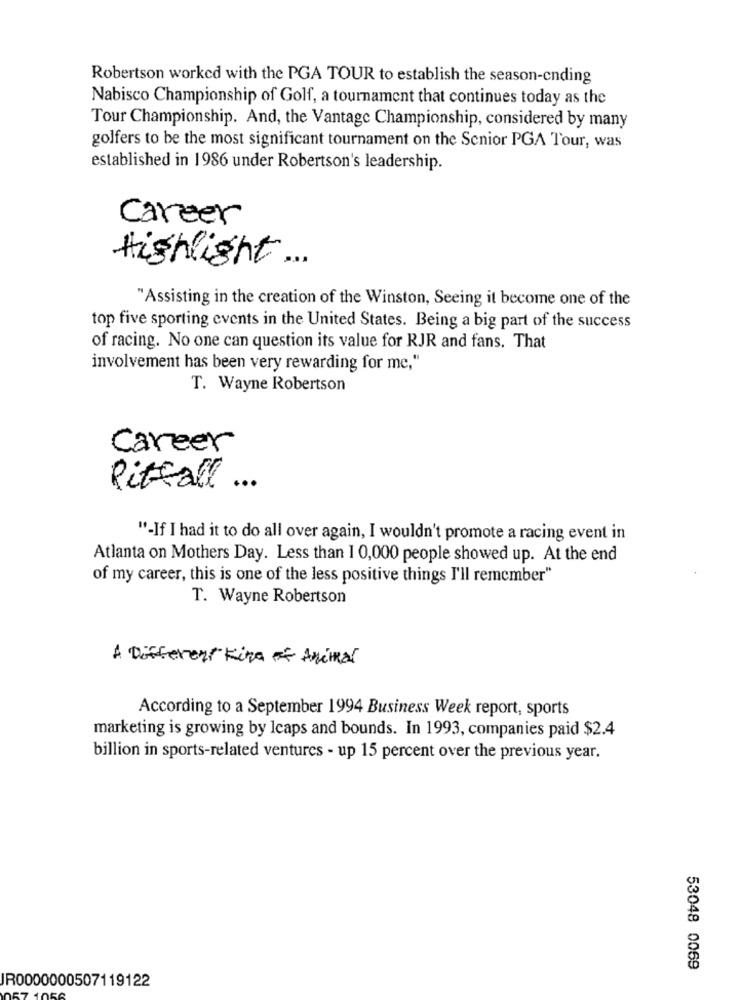
Robertson worked with the PGA TOUR to establish the season-cnding
Nabisco Championship of Golf, a tournament that continues today as the
Tour Championship. And, the Vantage Championship, considered by many
golfers to be the most significant tournament on the Senior PGA Tour, was
established in 1986 under Robertson's leadership.
career
Highlight ...
"Assisting in the creation of the Winston, Seeing it become one of the
top five sporting events in the United States. Being a big part of the success
of racing. No one can question its value for RJR and fans. That
involvement has been very rewarding for me,"
T. Wayne Robertson
Career
Pitfall ...
"-If I had it to do all over again, I wouldn't promote a racing event in
Atlanta on Mothers Day. Less than 10,000 people showed up. At the end
of my career, this is one of the less positive things I'll remember"
T. Wayne Robertson
A Different Kind of Animal
According to a September 1994 Business Week report, sports
marketing is growing by Icaps and bounds. In 1993, companies paid $2.4
billion in sports-related ventures - up 15 percent over the previous year.
53048 0069
JR0000000507119122